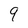
Character: 9